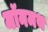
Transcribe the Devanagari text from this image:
मॉनमथ